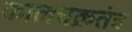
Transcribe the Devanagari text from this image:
कालचक्रतंत्र